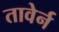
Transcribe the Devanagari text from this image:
तावेर्न